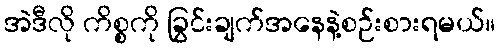
အဲဒီလို ကိစ္စကို ခြွင်းချက်အနေနဲ့စဉ်းစားရမယ်။